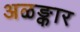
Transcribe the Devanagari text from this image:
अळङ्कार